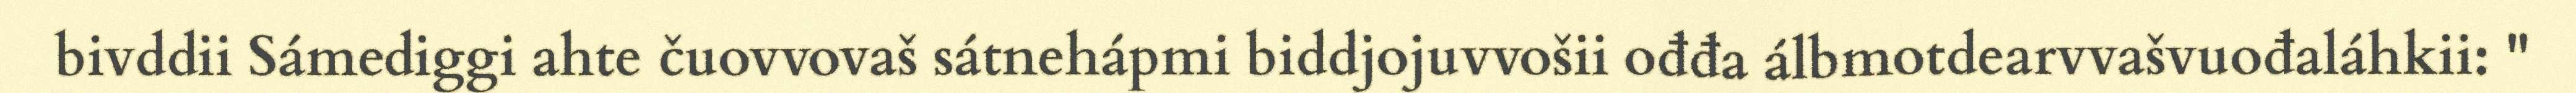
bivddii Sámediggi ahte čuovvovaš sátnehápmi biddjojuvvošii ođđa álbmotdearvvašvuođaláhkii: "